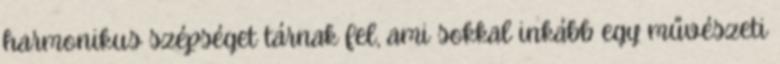
harmonikus szépséget tárnak fel, ami sokkal inkább egy művészeti